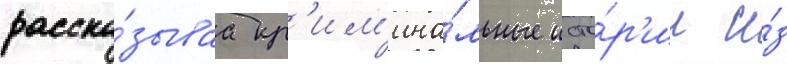
расска́зываа кр'им'ина́льные исто́р'ии и́з